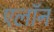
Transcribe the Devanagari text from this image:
एलॉन